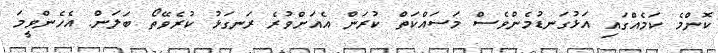
ކޮންމެ ކަމެއްގައި އަޅުގަނޑުމެންވެސް މަސައްކަތް ކުރަން އެއަށްވުރެ ރަނގަޅު ކުރެވޭތޯ ބަލަން. އެހެންވީމަ